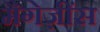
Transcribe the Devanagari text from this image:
मैगेज़ींस